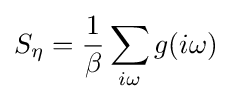
S_{\eta }={\frac {1}{\beta }}\sum _{i\omega }g(i\omega )